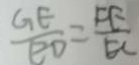
\frac { G E } { E D } = \frac { F E } { E C }